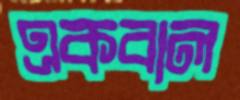
একবাল